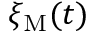
\xi _ { \mathrm { M } } ( t )